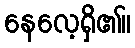
နေလေ့ရှိ၏။